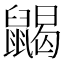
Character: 𪕭